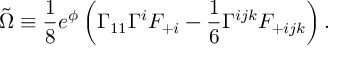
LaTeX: \tilde { \Omega } \equiv { \frac { 1 } { 8 } } e ^ { \phi } \left( \Gamma _ { 1 1 } \Gamma ^ { i } F _ { + i } - { \frac { 1 } { 6 } } \Gamma ^ { i j k } F _ { + i j k } \right) .